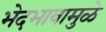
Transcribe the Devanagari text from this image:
भेदभावामुळे